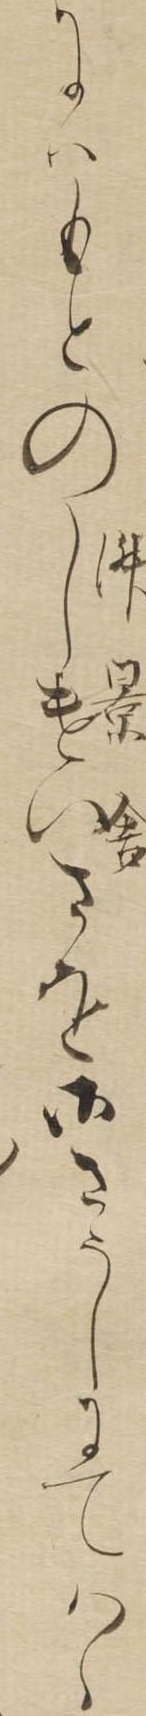
にはもとのしけいさを御さうしにてはゝ